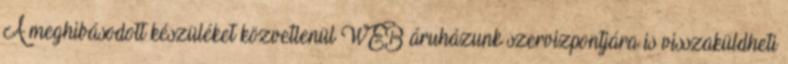
A meghibásodott készüléket közvetlenül WEB áruházunk szervizpontjára is visszaküldheti